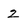
Character: 2